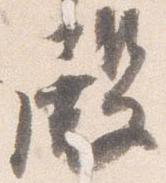
殿